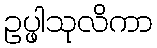
ဥပ္ဖါသုလိကာ